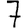
Digit: 7